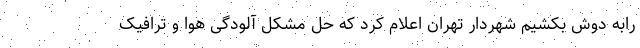
رابه دوش بکشیم شهردار تهران اعلام کرد که حل مشکل آلودگی هوا و ترافیک